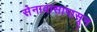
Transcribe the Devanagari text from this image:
सेनावासापासून